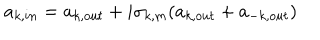
a _ { k , i n } = a _ { k , o u t } + i \sigma _ { k , m } ( a _ { k , o u t } + a _ { - k , o u t } )